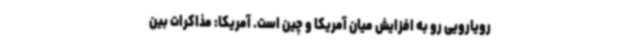
رویارویی رو به افزایش میان آمریکا و چین است. آمریکا: مذاکرات بین